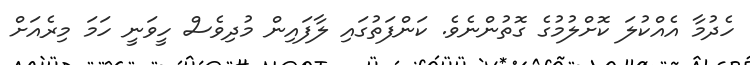
ހެދުމާ އެއްކުލަ ކޮށްލުމުގެ ގޮތުންނެވެ. ކަންފަތުގައި ލާފައިން މުދިވެސް ހީވަނީ ހަމަ މިރެއަށް